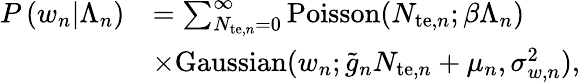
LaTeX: \begin{array}{rl}{P\left(w_{n}|\Lambda_{n}\right)}&{=\sum_{N_{\mathrm{te},n}=0}^{\infty}\mathrm{Poisson}(N_{\mathrm{te},n};\beta\Lambda_{n})}\\ &{\times\mathrm{Gaussian}(w_{n};\tilde{g}_{n}N_{\mathrm{te},n}+\mu_{n},\sigma_{w,n}^{2}),}\end{array}